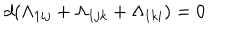
d ( \Lambda _ { 1 i j } + \Lambda _ { 1 j k } + \Lambda _ { 1 k i } ) = 0